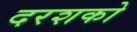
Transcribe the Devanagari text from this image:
दरशको